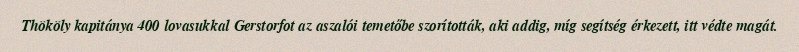
Thököly kapitánya 400 lovasukkal Gerstorfot az aszalói temetőbe szorították, aki addig, míg segítség érkezett, itt védte magát.